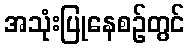
အသုံးပြုနေစဉ်တွင်